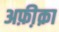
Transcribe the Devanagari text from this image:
अफ़ी़क़ा